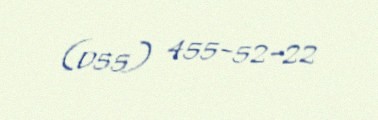
(055) 455-52-22